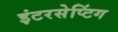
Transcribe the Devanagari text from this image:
इंटरसेप्टिंग